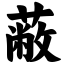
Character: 蔽